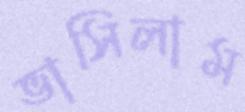
ভাসিলাম